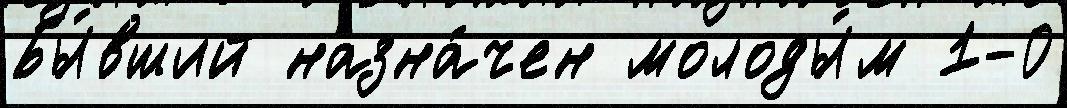
Бы́вший назна́чен молоды́м 1-0